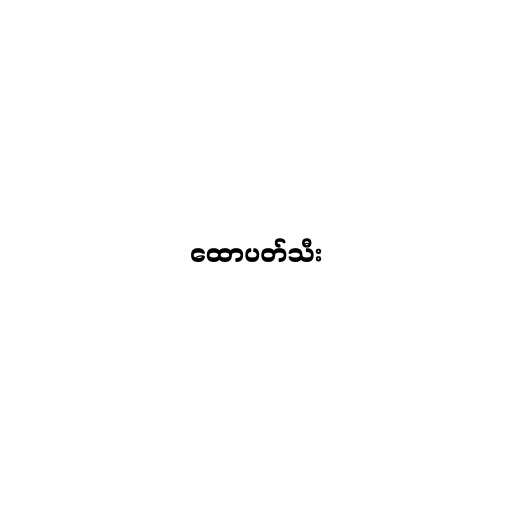
ထောပတ်သီး